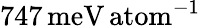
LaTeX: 747\, \mathrm{meV\, atom}^{-1}